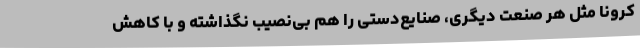
کرونا مثل هر صنعت دیگری، صنایع‌دستی را هم بی‌نصیب نگذاشته و با کاهش